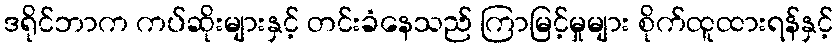
ဒရိုင်ဘာက ကပ်ဆိုးများနှင့် တင်းခံနေသည် ကြာမြင့်မှုများ စိုက်ထူထားရန်နှင့်